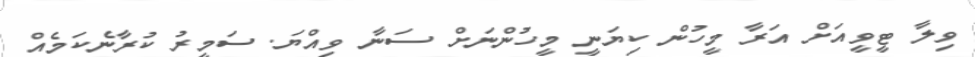
ވިލާ ޓީވީއަށް އަރާ މީހުން ކިޔަނީ މީހުންނަށް ސަނާ ވިއްޔަ. ސަމީރު ކުރާނެކަމެއް